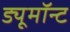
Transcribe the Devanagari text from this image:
ड्यूमॉन्ट